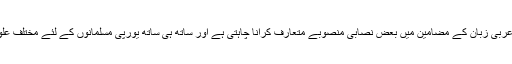
اب مسجد کی انتظامیہ، تعلیم، قانون، طب و حکمت، اور عربی زبان کے مضامین میں بعض نصابی منصوبے متعارف کرانا چاہتی ہے اور ساتھ ہی ساتھ یورپی مسلمانوں کے لئے مختلف علوم کے میدانوں میں خود اپنی اسناد جاری کرنا چاہتی ہے۔